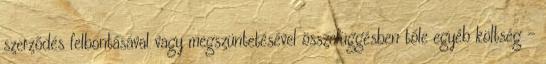
szerződés felbontásával vagy megszüntetésével összefüggésben tőle egyéb költség –